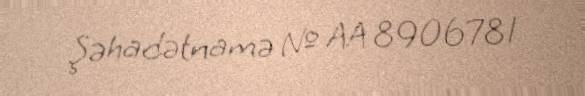
Şəhadətnamə № AA 8906781